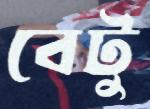
বেটু